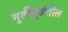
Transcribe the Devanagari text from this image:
मूर्तीपूजेतील